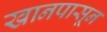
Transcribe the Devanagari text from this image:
खानपासून